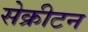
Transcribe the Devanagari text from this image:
सेक्रीटन